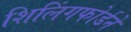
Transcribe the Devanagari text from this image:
शिलिंगफोर्डने